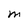
Character: M